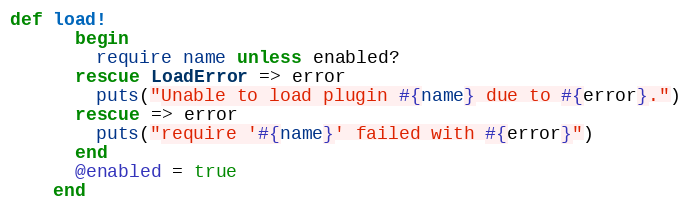
Language: Ruby
def load!
      begin
        require name unless enabled?
      rescue LoadError => error
        puts("Unable to load plugin #{name} due to #{error}.")
      rescue => error
        puts("require '#{name}' failed with #{error}")
      end
      @enabled = true
    end